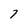
Character: 7